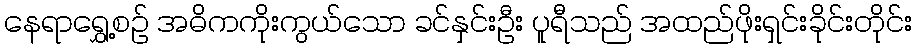
နေရာရွှေ့စဉ် အဓိကကိုးကွယ်သော ခင်နှင်းဦး ပူရီသည် အထည်ဖိုးရှင်းခိုင်းတိုင်း